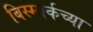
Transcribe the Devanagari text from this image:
बिस्मार्कच्या